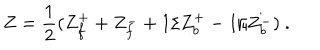
Z = \frac { 1 } { 2 } ( Z _ { f } ^ { + } + Z _ { f } ^ { - } + 1 / Z _ { b } ^ { + } - 1 / Z _ { b } ^ { - } ) \ .